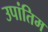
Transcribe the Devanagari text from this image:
उपांतिम